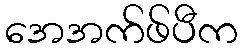
အေအက်ဖ်ပီက